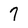
Character: 7